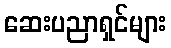
ဆေးပညာရှင်များ